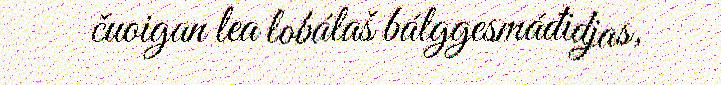
čuoigan lea lobálaš bálggesmáđidjas,